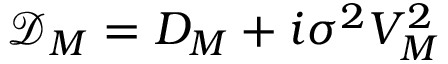
\mathcal { D } _ { M } = D _ { M } + i \sigma ^ { 2 } V _ { M } ^ { 2 }